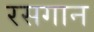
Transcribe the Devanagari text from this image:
रसगान